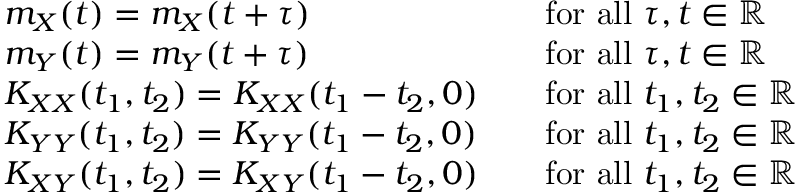
{ \begin{array} { r l r l } & { m _ { X } ( t ) = m _ { X } ( t + \tau ) } & & { { \mathrm { f o r ~ a l l ~ } } \tau , t \in \mathbb { R } } \\ & { m _ { Y } ( t ) = m _ { Y } ( t + \tau ) } & & { { \mathrm { f o r ~ a l l ~ } } \tau , t \in \mathbb { R } } \\ & { K _ { X X } ( t _ { 1 } , t _ { 2 } ) = K _ { X X } ( t _ { 1 } - t _ { 2 } , 0 ) } & & { { \mathrm { f o r ~ a l l ~ } } t _ { 1 } , t _ { 2 } \in \mathbb { R } } \\ & { K _ { Y Y } ( t _ { 1 } , t _ { 2 } ) = K _ { Y Y } ( t _ { 1 } - t _ { 2 } , 0 ) } & & { { \mathrm { f o r ~ a l l ~ } } t _ { 1 } , t _ { 2 } \in \mathbb { R } } \\ & { K _ { X Y } ( t _ { 1 } , t _ { 2 } ) = K _ { X Y } ( t _ { 1 } - t _ { 2 } , 0 ) } & & { { \mathrm { f o r ~ a l l ~ } } t _ { 1 } , t _ { 2 } \in \mathbb { R } } \end{array} }